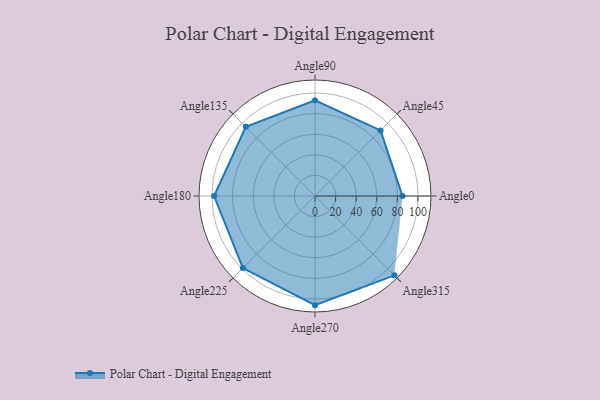
{"axis": {"x": "Angle", "y": "Radius"}, "legend": [""], "data": [{"x": "Angle0", "y": 85.0, "type": ""}, {"x": "Angle45", "y": 90.0, "type": ""}, {"x": "Angle90", "y": 93.0, "type": ""}, {"x": "Angle135", "y": 95.0, "type": ""}, {"x": "Angle180", "y": 98.0, "type": ""}, {"x": "Angle225", "y": 99.0, "type": ""}, {"x": "Angle270", "y": 106.0, "type": ""}, {"x": "Angle315", "y": 109.0, "type": ""}]}